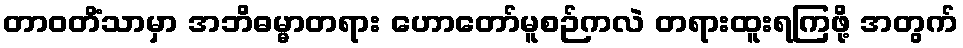
တာဝတိံသာမှာ အဘိဓမ္မာတရား ဟောတော်မူစဉ်ကလဲ တရားထူးရကြဖို့ အတွက်